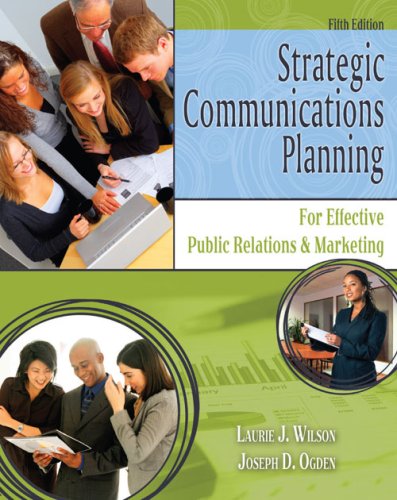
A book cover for Strategic Communications Planning for Effective Public Relations and Marketing; WILSON  LAURIE J; Business & Money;